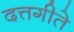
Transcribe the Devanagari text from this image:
दत्तगीते